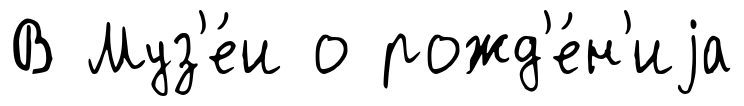
В Муз'е́и о рожд'е́н'иjа